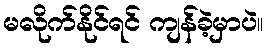
မလိုက်နိုင်ရင် ကျန်ခဲ့မှာပဲ။